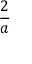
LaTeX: \frac { 2 } { a }